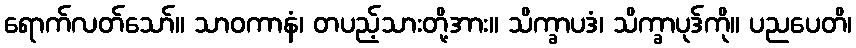
ရောက်လတ်သော်။ သာဝကာနံ၊ တပည့်သားတို့အား။ သိက္ခာပဒံ၊ သိက္ခာပုဒ်ကို။ ပညပေတိ၊